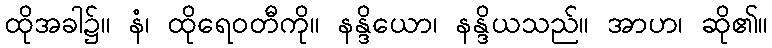
ထိုအခါ၌။ နံ၊ ထိုရေဝတီကို။ နန္ဒိယော၊ နန္ဒိယသည်။ အာဟ၊ ဆို၏။